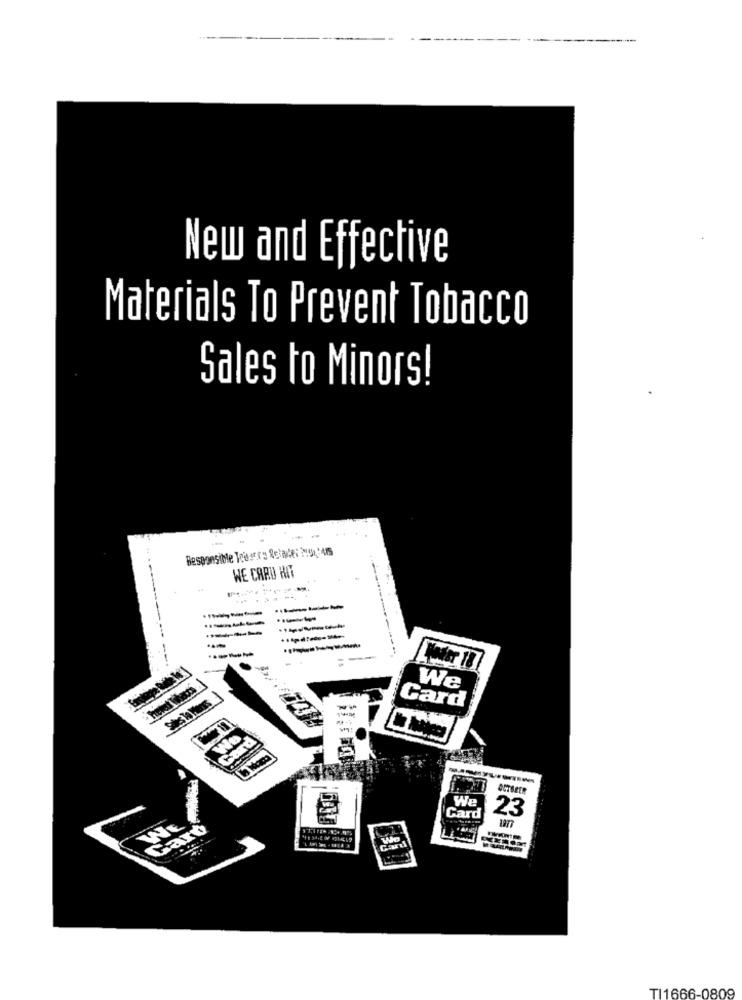
New and Effective
Materials To Prevent Tobacco
Sales to Minors!
Besponsible Tousces Retade: 2494'475
WE CARD HAY
-
------
---
-
SEIT 18
We
Card
OCTOBER
We
Card
23
Caro
Wo
TI1666-0809